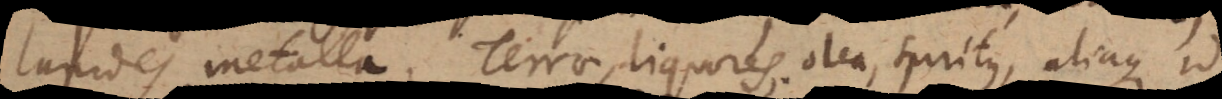
lapides, metalla, terrae, liquores, olea, spiritus, aliaque id